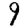
Digit: 9